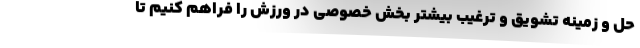
حل و زمینه تشویق و ترغیب بیشتر بخش خصوصی در ورزش را فراهم کنیم تا